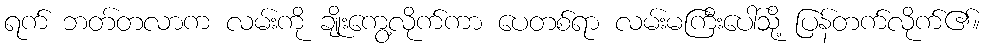
ရက် ဘတ်တလာက လမ်းကို ချိုးကွေ့လိုက်ကာ ပေတစ်ရာ လမ်းမကြီးပေါ်သို့ ပြန်တက်လိုက်၏။